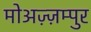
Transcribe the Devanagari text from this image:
मोअज़्ज़म्पुर